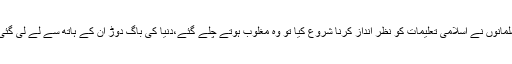
اگر اسلامی تاریخ پر ایک نظر دوڑائی جائے تو ہم اس نتیجے پر پہنچتے ہیں کہ جب مسلمانوں نے اسلامی تعلیمات کو نظر انداز کرنا شروع کیا تو وہ مغلوب ہوتے چلے گئے،دنیا کی باگ دوڑ ان کے ہاتھ سے لے لی گئی اور وہ تنزلی کا شکار ہو گئے کیونکہ وہ اپنے مقصد وجود سے نا واقف ہو چکے تھے۔